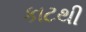
કાટથી